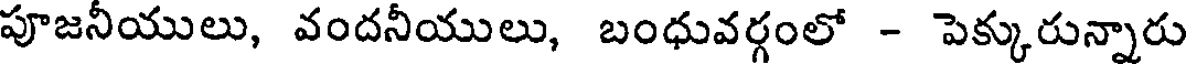
పూజనీయులు, వందనీయులు, బంధువర్గంలో - పెక్కురున్నారు